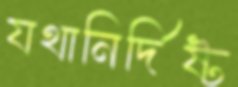
যথানির্দিষ্ট